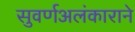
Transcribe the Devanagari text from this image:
सुवर्णअलंकाराने